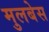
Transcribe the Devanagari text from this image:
मुलबेस